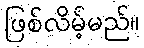
ဖြစ်လိမ့်မည်။